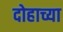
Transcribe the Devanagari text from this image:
दोहाच्या